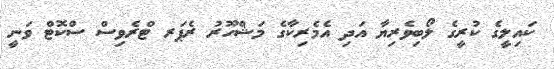
ކައިލީގެ ކުރީގެ ލޯބިވެރިޔާ އަދި އެމެރިކާގެ މަޝްހޫރު ރެޕަރ ޓްރެވިސް ސްކޮޓް ވަނީ